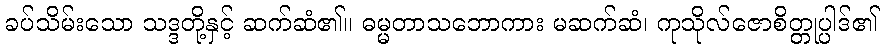
ခပ်သိမ်းသော သဒ္ဒတို့နှင့် ဆက်ဆံ၏။ ဓမ္မတာသဘောကား မဆက်ဆံ၊ ကုသိုလ်ဇောစိတ္တုပ္ပါဒ်၏